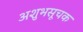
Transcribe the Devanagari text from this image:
अशुभसूचक